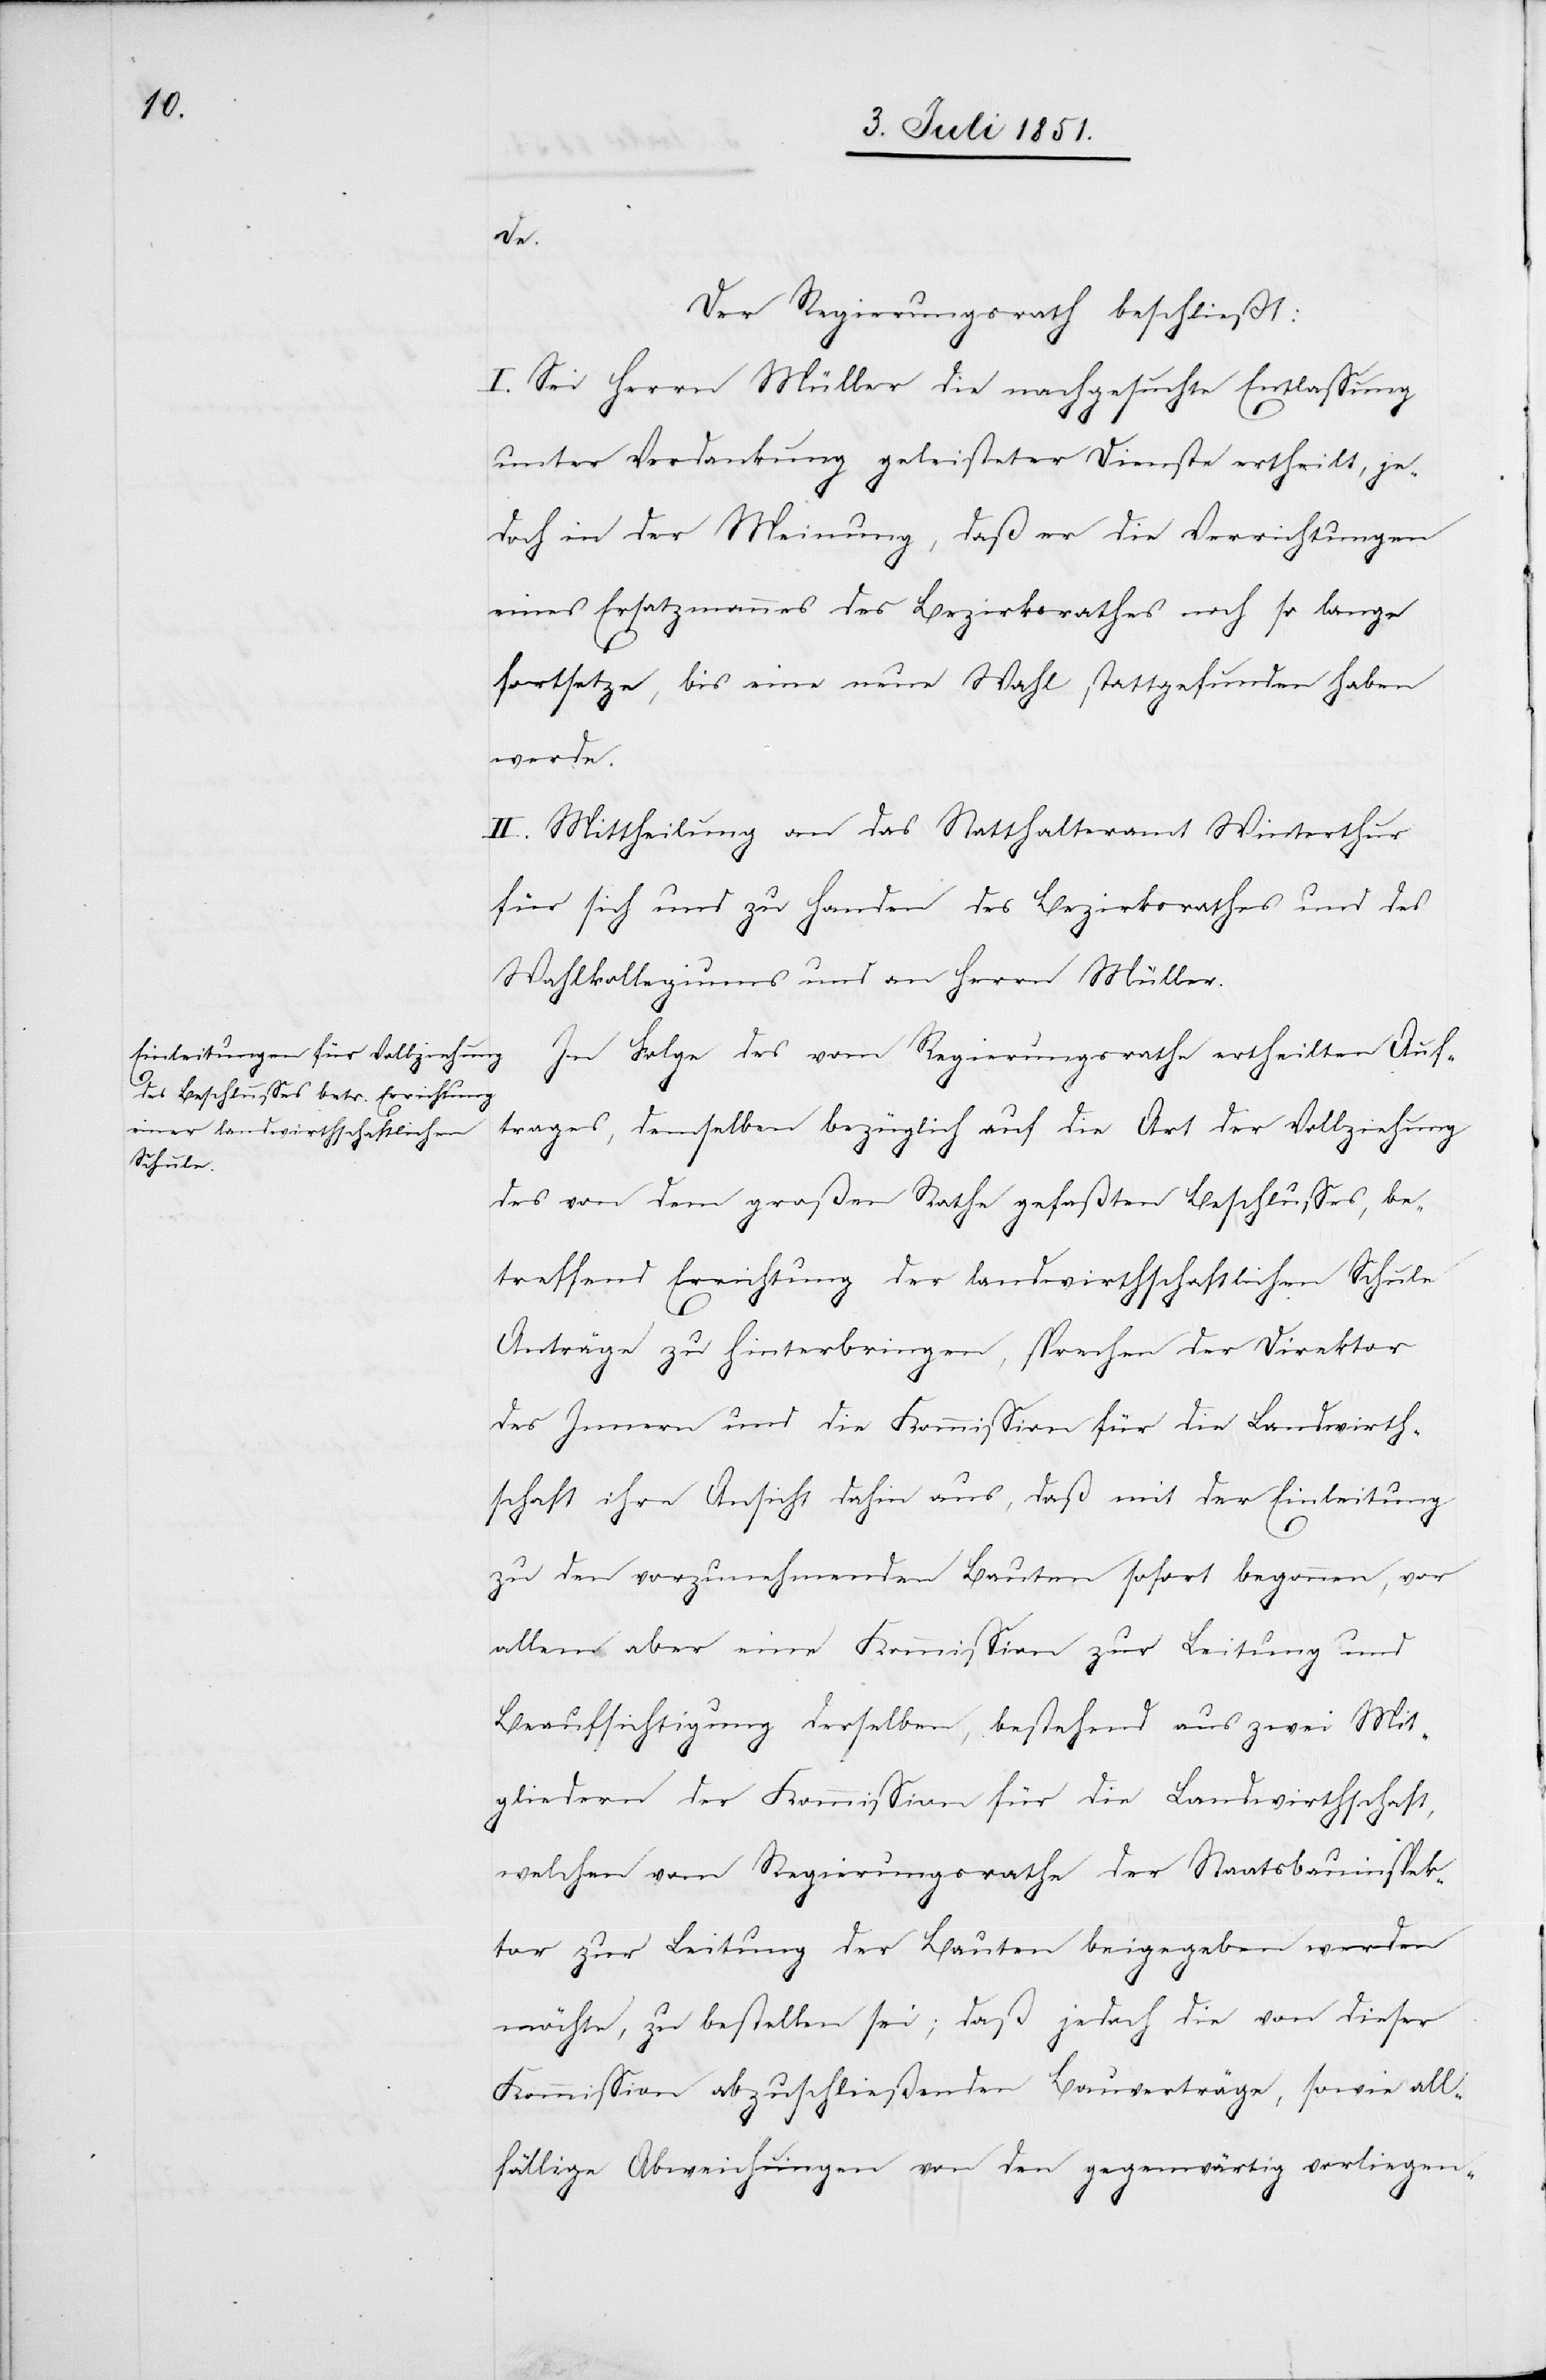
de.
Der Regierungsrath beschließt:
I. Sei Herrn Müller die nachgesuchte Entlassung
unter Verdankung geleisteter Dienste ertheilt, je¬
doch in der Meinung, daß er die Verrichtungen
eines Ersatzmannes des Bezirksrathes noch so lange
fortsetze, bis eine neue Wahl stattgefunden haben
werde.
II. Mittheilung an das Statthalteramt Winterthur
für sich und zu Handen des Bezirksrathes und des
Wahlkollegiums und an Herrn Müller.
In Folge des vom Regierungsrathe ertheilten Auf¬
trages, demselben bezüglich auf die Art der Vollziehung
des von dem großen Rathe gefaßten Beschlusses, be¬
treffend Errichtung der landwirthschaftlichen Schule
Anträge zu hinterbringen, sprechen der Direktor
des Innern und die Kommission für die Landwirth¬
schaft ihre Ansicht dahin aus, daß mit der Einleitung
zu den vorzunehmenden Bauten sofort begonnen, vor
allem aber eine Kommission zur Leitung und
Beaufsichtigung derselben, bestehend aus zwei Mit¬
gliedern der Kommission für die Landwirthschaft,
welchen vom Regierungsrathe der Staatsbauinspek¬
tor zur Leitung der Bauten beigegeben werden
möchte, zu bestellen sei; daß jedoch die von dieser
Kommission abzuschließenden Bauverträge, sowie all¬
fällige Abweichungen von den gegenwärtig vorliegen-